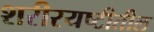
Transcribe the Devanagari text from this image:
शरीरयष्टीतील